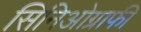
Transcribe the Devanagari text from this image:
सिनिओग्राफी